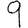
Digit: 9